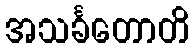
အသင်္ခတောတိ